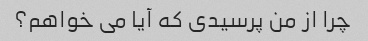
چرا از من پرسیدی که آیا می خواهم؟